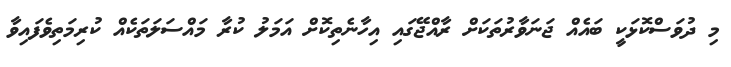
މި ދުވަސްކޮޅަކީ ބައެއް ޖަނަވާރުތަކަށް ރާއްޖޭގައި އިހާނެތިކޮށް އަމަލު ކުރާ މައްސަލަތަކެއް ކުރިމަތިވެފައިވާ